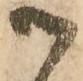
御